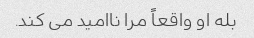
بله او واقعاً مرا ناامید می کند.